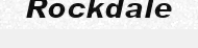
Rockdale